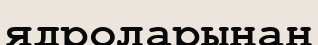
ядроларынан